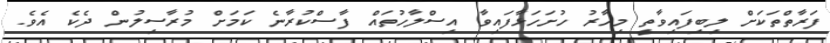
ފަރާތްތަކަށް ލިބިފައިވާތީ މިހާރު ހުށަހަޅާފައިވާ އިސްލާހުތައް ފާސްކުރާނެ ކަމަށް މުރާސިލުން ދެކެ އެވެ.